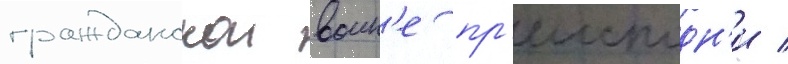
гражданскои воин'е пр'еисподн'и /